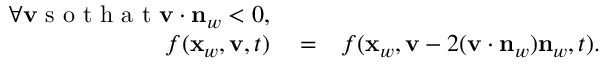
\begin{array} { r l r } { \forall \mathbf v \mathrm { ~ s ~ o ~ t ~ h ~ a ~ t ~ } \mathbf v \cdot \mathbf n _ { w } < 0 , } & { { } } & { } \\ { f ( \mathbf x _ { w } , \mathbf v , t ) } & { { } = } & { f ( \mathbf x _ { w } , \mathbf v - 2 ( \mathbf v \cdot \mathbf n _ { w } ) \mathbf n _ { w } , t ) . } \end{array}